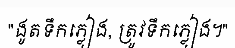
"ងូតទឹកភ្លៀង, ត្រូវទឹកភ្លៀង។"